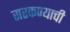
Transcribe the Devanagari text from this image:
सरकण्याची